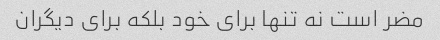
مضر است نه تنها برای خود بلکه برای دیگران